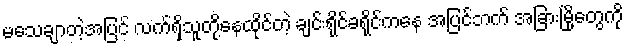
မသေချာတဲ့အပြင် လက်ရှိသူတို့နေထိုင်တဲ့ ချင်းရိုင်ခရိုင်ကနေ အပြင်ဘက် အခြားမြို့တွေကို